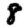
Digit: 8